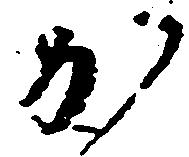
か